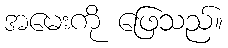
အမေးကို ဖြေသည်။